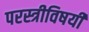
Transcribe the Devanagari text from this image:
परस्त्रीविषयी